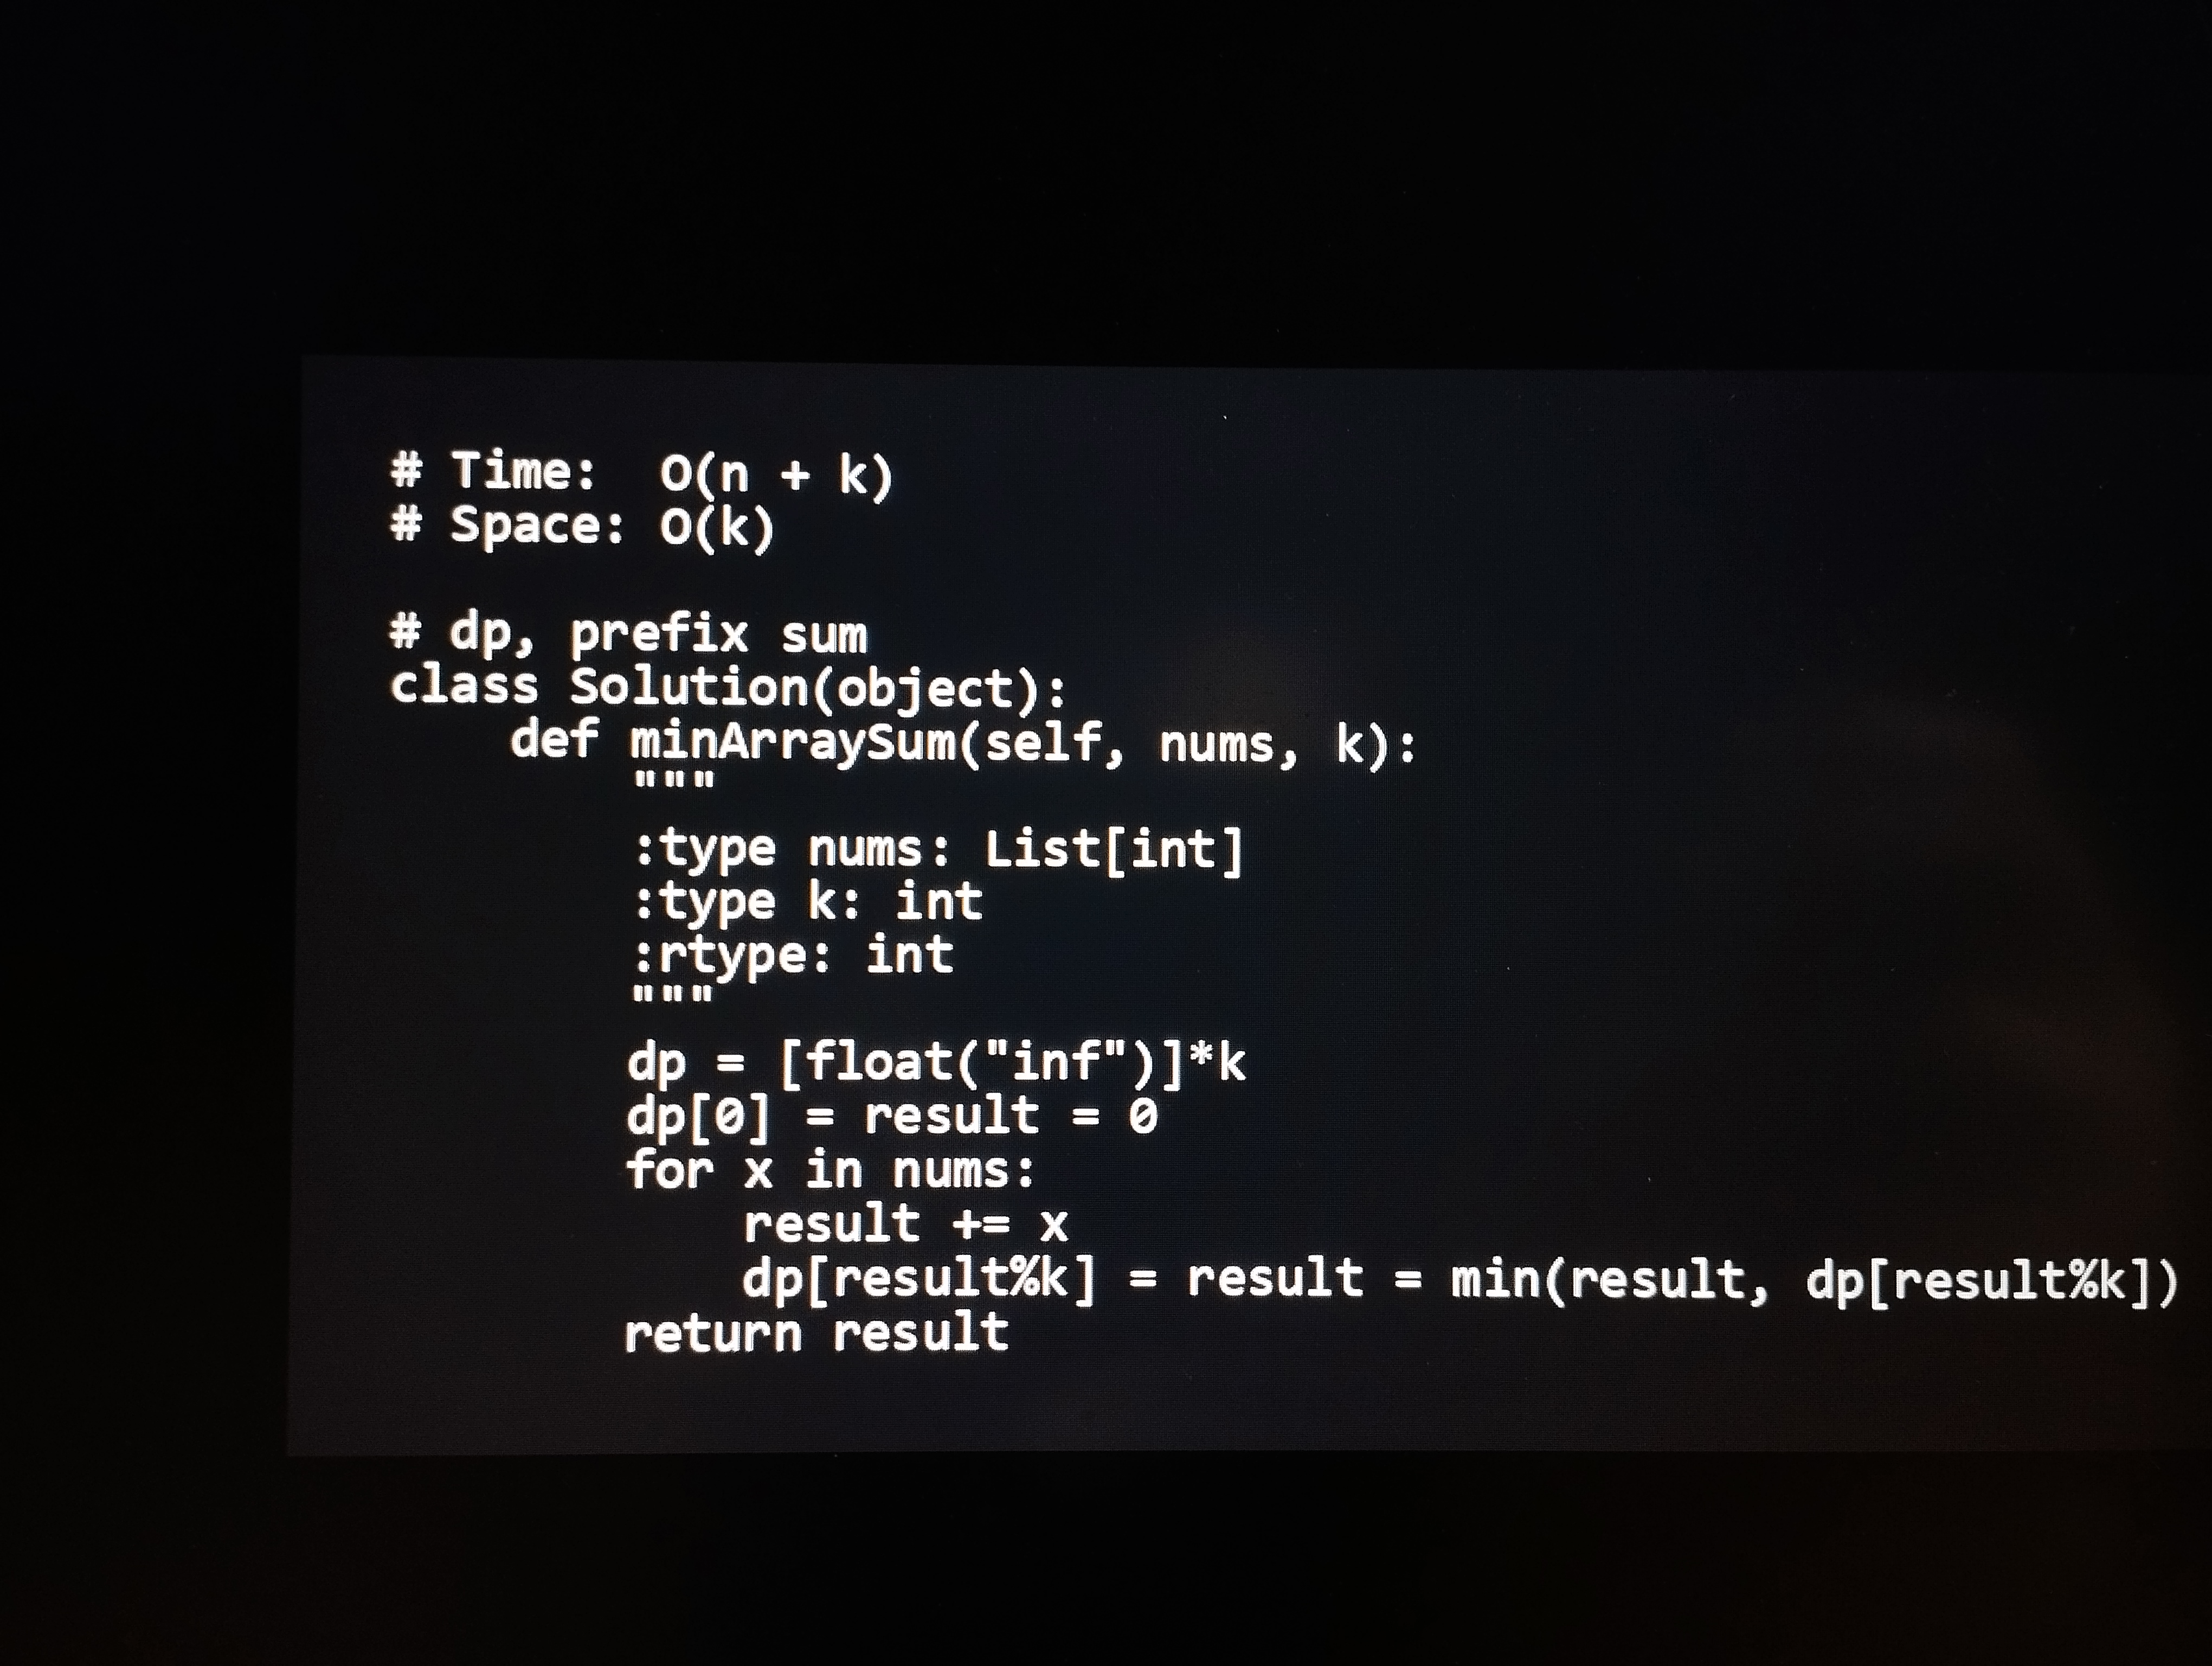
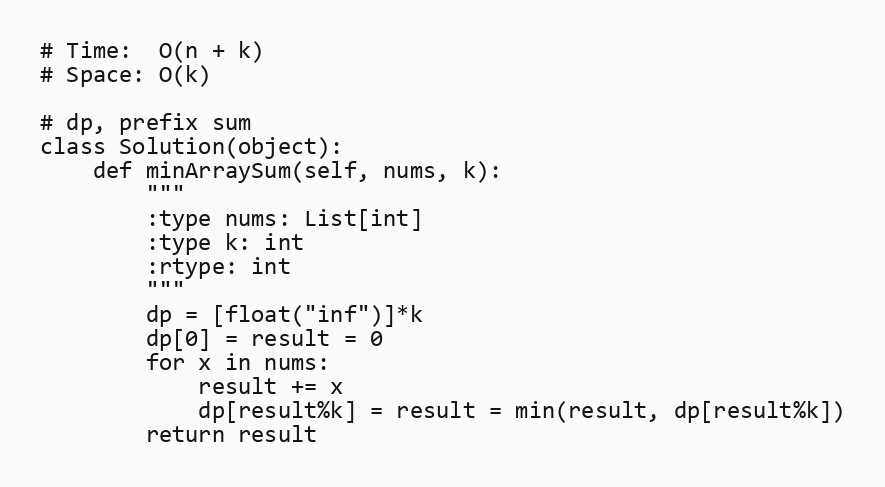
# Time:  O(n + k)
# Space: O(k)

# dp, prefix sum
class Solution(object):
    def minArraySum(self, nums, k):
        """
        :type nums: List[int]
        :type k: int
        :rtype: int
        """
        dp = [float("inf")]*k
        dp[0] = result = 0
        for x in nums:
            result += x
            dp[result%k] = result = min(result, dp[result%k])
        return result